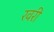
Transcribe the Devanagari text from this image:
रवरी